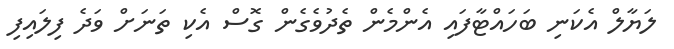
ލަޔާލް އެކަނި ބަހައްޓާފައި އެންމެން ތެދުވެގެން ގޮސް އެކި ތަނަށް ވަދެ ފިލައިފި